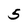
Character: 5